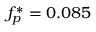
f _ { p } ^ { * } = 0 . 0 8 5